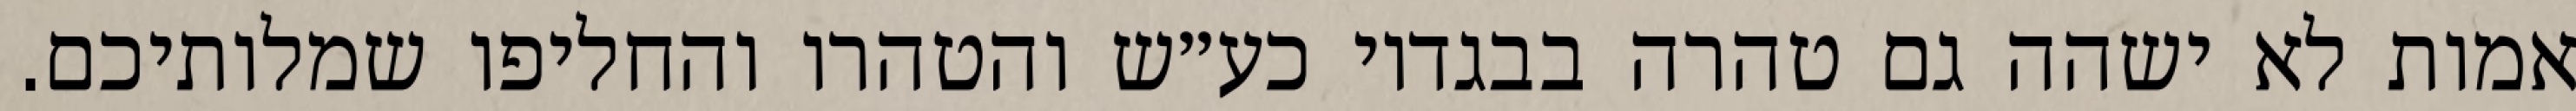
אמות לא ישהה גם טהרה בבגדיו כע״ש והטהרו והחליפו שמלותיכם.